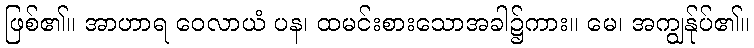
ဖြစ်၏။ အာဟာရ ဝေလာယံ ပန၊ ထမင်းစားသောအခါ၌ကား။ မေ၊ အကျွန်ုပ်၏။